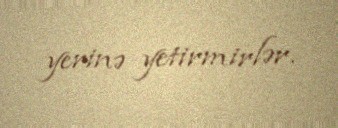
yerinə yetirmirlər.